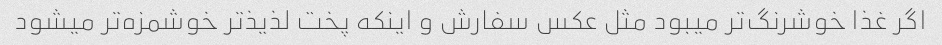
اگر غذا خوشرنگ‌تر میبود مثل عکس سفارش و اینکه پخت لذیذ‌تر خوشمزه‌تر میشود